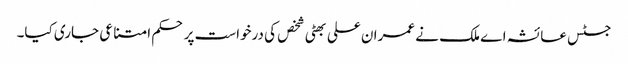
جسٹس عائشہ اے ملک نے عمران علی بھٹی شخص کی درخواست پر حکم امتناعی جاری کیا۔